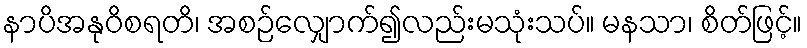
နာပိအနုဝိစရတိ၊ အစဉ်လျှောက်၍လည်းမသုံးသပ်။ မနသာ၊ စိတ်ဖြင့်။